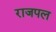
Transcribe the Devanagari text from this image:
राजपल